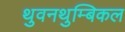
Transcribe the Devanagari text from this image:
थुवनथुम्बिकल